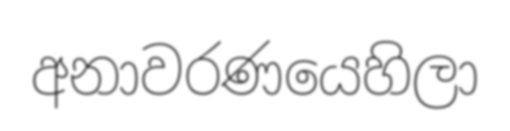
අනාවරණයෙහිලා